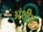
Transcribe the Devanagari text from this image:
अंशीय